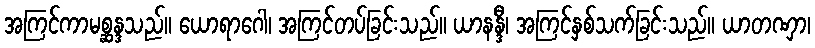
အကြင်ကာမစ္ဆန္ဒသည်။ ယောရာဂေါ၊ အကြင်တပ်ခြင်းသည်။ ယာနန္ဒီ၊ အကြင်နှစ်သက်ခြင်းသည်။ ယာတဏှာ၊